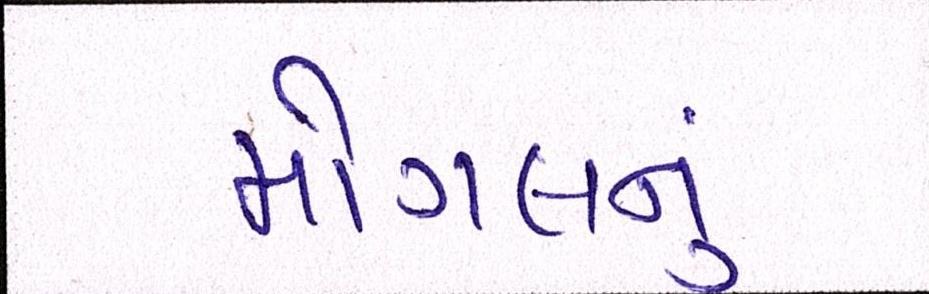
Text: મોગલનું